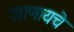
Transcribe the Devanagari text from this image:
जाणायचे